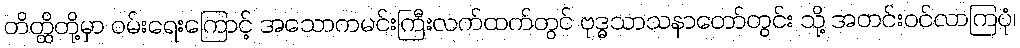
တိတ္ထိတို့မှာ ဝမ်းရေးကြောင့် အသောကမင်းကြီးလက်ထက်တွင် ဗုဒ္ဓသာသနာတော်တွင်း သို့ အတင်းဝင်လာကြပုံ၊